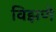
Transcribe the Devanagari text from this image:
विझणे